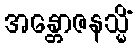
အန္တောဇနသ္မိံ